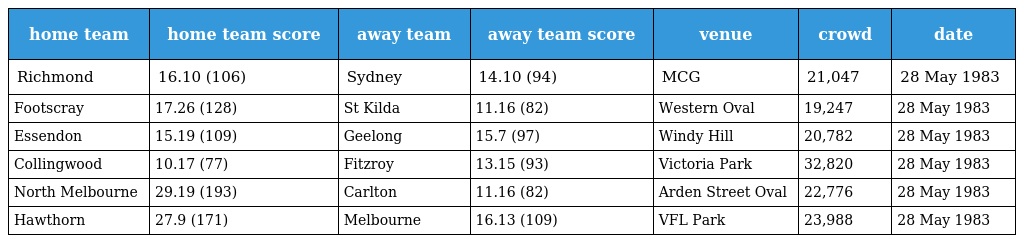
| home team | home team score | away team | away team score | venue | crowd | date |
 | --- | --- | --- | --- | --- | --- | --- |
 | Richmond | 16.10 (106) | Sydney | 14.10 (94) | MCG | 21,047 | 28 May 1983 |
 | Footscray | 17.26 (128) | St Kilda | 11.16 (82) | Western Oval | 19,247 | 28 May 1983 |
 | Essendon | 15.19 (109) | Geelong | 15.7 (97) | Windy Hill | 20,782 | 28 May 1983 |
 | Collingwood | 10.17 (77) | Fitzroy | 13.15 (93) | Victoria Park | 32,820 | 28 May 1983 |
 | North Melbourne | 29.19 (193) | Carlton | 11.16 (82) | Arden Street Oval | 22,776 | 28 May 1983 |
 | Hawthorn | 27.9 (171) | Melbourne | 16.13 (109) | VFL Park | 23,988 | 28 May 1983 |